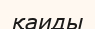
қаиды